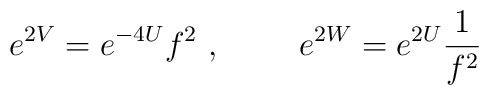
e^{2V}=e^{-4U}f^{2}\ ,\ \qquad e^{2W}=e^{2U}\frac{1}{f^{2}}